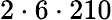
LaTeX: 2\cdot 6\cdot 210